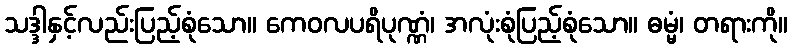
သဒ္ဒါနှင့်လည်းပြည့်စုံသော။ ကေဝလပရိပုဏ္ဏံ၊ အလုံးစုံပြည့်စုံသော။ ဓမ္မံ၊ တရားကို။